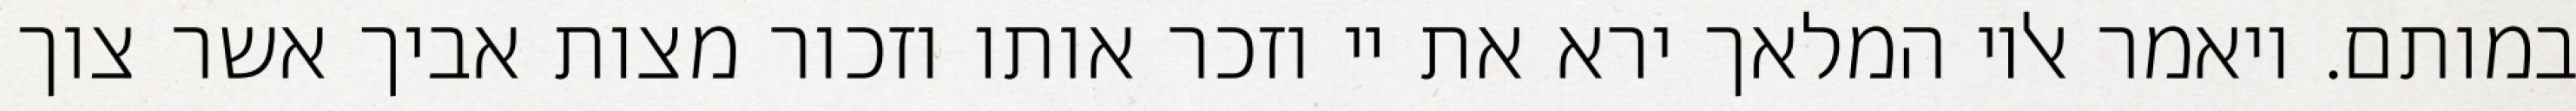
במותם. ויאמר אליו המלאך ירא את יי וזכר אותו וזכור מצות אביך אשר צוך